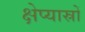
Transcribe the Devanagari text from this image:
क्षेप्यास्रों